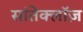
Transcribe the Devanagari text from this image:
सांतेक्लॉज़